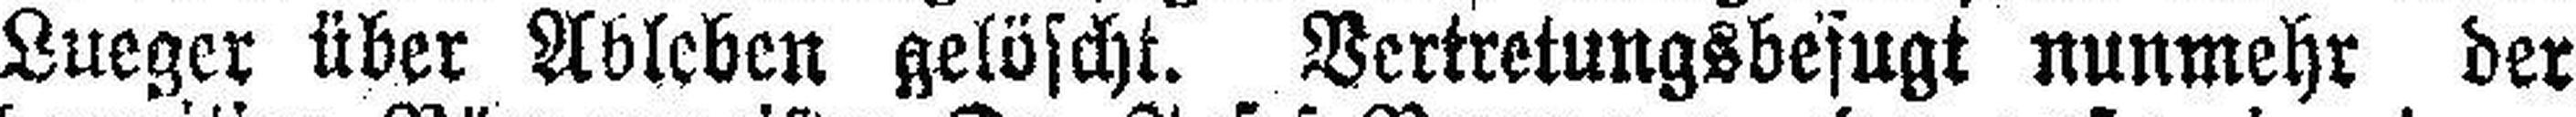
Lueger über Ableben gelöscht. Vertretungsbesugt nunmehr der